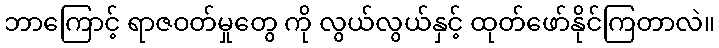
ဘာကြောင့် ရာဇဝတ်မှုတွေ ကို လွယ်လွယ်နှင့် ထုတ်ဖော်နိုင်ကြတာလဲ။